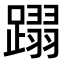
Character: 𨅵